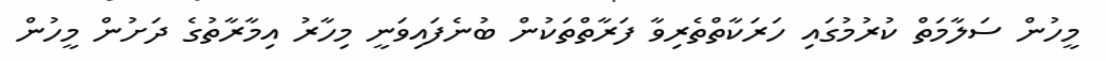
މީހުން ސަލާމަތް ކުރުމުގައި ހަރަކާތްތެރިވާ ފަރާތްތަކުން ބުނެފައިވަނީ މިހާރު އިމާރާތުގެ ދަށުން މީހުން